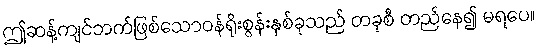
ဤဆန့်ကျင်ဘက်ဖြစ်သောဝန်ရိုးစွန်းနှစ်ခုသည် တခုစီ တည်နေ၍ မရပေ။